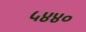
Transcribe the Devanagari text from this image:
५४४०